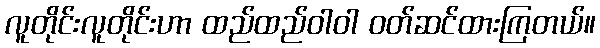
လူတိုင်းလူတိုင်းဟာ ထည်ထည်ဝါဝါ ဝတ်ဆင်ထားကြတယ်။